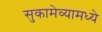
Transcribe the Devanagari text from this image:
सुकामेव्यामध्ये